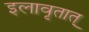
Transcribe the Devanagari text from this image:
इलावृतात्